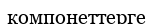
компонеттерге